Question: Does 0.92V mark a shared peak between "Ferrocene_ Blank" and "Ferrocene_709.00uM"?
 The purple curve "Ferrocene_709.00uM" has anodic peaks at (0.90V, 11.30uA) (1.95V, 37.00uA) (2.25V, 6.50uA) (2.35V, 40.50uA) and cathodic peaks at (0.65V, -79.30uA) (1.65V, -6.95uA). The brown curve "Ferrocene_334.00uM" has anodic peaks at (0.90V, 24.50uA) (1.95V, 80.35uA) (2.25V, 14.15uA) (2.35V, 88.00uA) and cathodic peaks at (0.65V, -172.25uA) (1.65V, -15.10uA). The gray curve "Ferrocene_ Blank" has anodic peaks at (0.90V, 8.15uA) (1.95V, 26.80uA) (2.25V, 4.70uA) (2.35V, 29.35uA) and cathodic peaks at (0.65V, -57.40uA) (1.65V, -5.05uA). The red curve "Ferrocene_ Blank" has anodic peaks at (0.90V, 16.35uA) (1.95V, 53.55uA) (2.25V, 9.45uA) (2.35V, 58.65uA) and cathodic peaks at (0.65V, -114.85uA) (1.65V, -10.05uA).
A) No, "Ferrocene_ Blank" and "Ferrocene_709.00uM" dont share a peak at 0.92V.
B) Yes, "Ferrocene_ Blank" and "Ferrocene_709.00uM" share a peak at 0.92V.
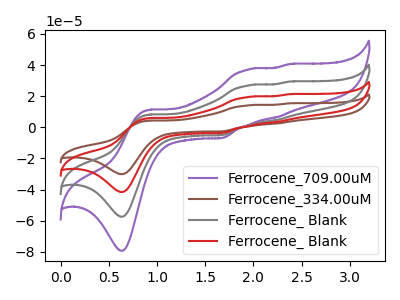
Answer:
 <answer>B) Yes, "Ferrocene_ Blank" and "Ferrocene_709.00uM" share a peak at 0.92V.</answer>
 <eval>B</eval>